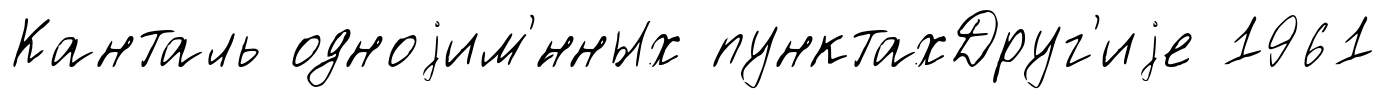
Канталь одноjим'́нных пунктахДруг'иjе 1961